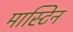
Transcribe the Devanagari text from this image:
मास्टिन